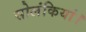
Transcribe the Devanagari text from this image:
सोलंकियां।